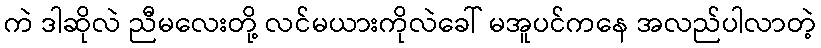
ကဲ ဒါဆိုလဲ ညီမလေးတို့ လင်မယားကိုလဲခေါ် မအူပင်ကနေ အလည်ပါလာတဲ့